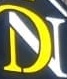
DN